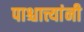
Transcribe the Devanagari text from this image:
पाश्चात्त्यांनी